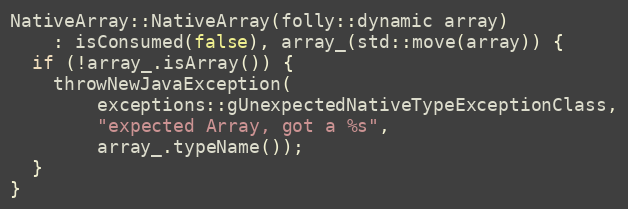
Language: C++
NativeArray::NativeArray(folly::dynamic array)
    : isConsumed(false), array_(std::move(array)) {
  if (!array_.isArray()) {
    throwNewJavaException(
        exceptions::gUnexpectedNativeTypeExceptionClass,
        "expected Array, got a %s",
        array_.typeName());
  }
}